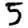
Digit: 5